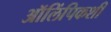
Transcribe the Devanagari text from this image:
ऑलिंपिकशी